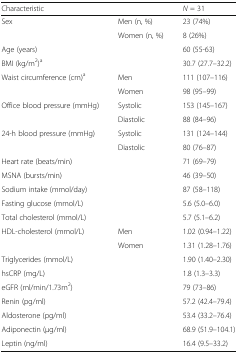
<table><thead><tr><td><b>Characteristic</b></td><td></td><td><b><i>N</i> = 31</b></td></tr></thead><tbody><tr><td rowspan="2">Sex</td><td>Men (n, %)</td><td>23 (74%)</td></tr><tr><td>Women (n, %)</td><td>8 (26%)</td></tr><tr><td>Age (years)</td><td></td><td>60 (55-63)</td></tr><tr><td>BMI (kg/m<sup>2</sup>)<sup>a</sup></td><td></td><td>30.7 (27.7–32.2)</td></tr><tr><td rowspan="2">Waist circumference (cm)<sup>a</sup></td><td>Men</td><td>111 (107–116)</td></tr><tr><td>Women</td><td>98 (95–99)</td></tr><tr><td rowspan="2">Office blood pressure (mmHg)</td><td>Systolic</td><td>153 (145–167)</td></tr><tr><td>Diastolic</td><td>88 (84–96)</td></tr><tr><td rowspan="2">24-h blood pressure (mmHg)</td><td>Systolic</td><td>131 (124–144)</td></tr><tr><td>Diastolic</td><td>80 (76–87)</td></tr><tr><td>Heart rate (beats/min)</td><td></td><td>71 (69–79)</td></tr><tr><td>MSNA (bursts/min)</td><td></td><td>46 (39–50)</td></tr><tr><td>Sodium intake (mmol/day)</td><td></td><td>87 (58–118)</td></tr><tr><td>Fasting glucose (mmol/L)</td><td></td><td>5.6 (5.0–6.0)</td></tr><tr><td>Total cholesterol (mmol/L)</td><td></td><td>5.7 (5.1–6.2)</td></tr><tr><td rowspan="2">HDL-cholesterol (mmol/L)</td><td>Men</td><td>1.02 (0.94–1.22)</td></tr><tr><td>Women</td><td>1.31 (1.28–1.76)</td></tr><tr><td>Triglycerides (mmol/L)</td><td></td><td>1.90 (1.40–2.30)</td></tr><tr><td>hsCRP (mg/L)</td><td></td><td>1.8 (1.3–3.3)</td></tr><tr><td>eGFR (ml/min/1.73m<sup>2</sup>)</td><td></td><td>79 (73–86)</td></tr><tr><td>Renin (pg/ml)</td><td></td><td>57.2 (42.4–79.4)</td></tr><tr><td>Aldosterone (pg/ml)</td><td></td><td>53.4 (33.2–76.4)</td></tr><tr><td>Adiponectin (μg/ml)</td><td></td><td>68.9 (51.9–104.1)</td></tr><tr><td>Leptin (ng/ml)</td><td></td><td>16.4 (9.5–33.2)</td></tr></tbody></table>